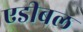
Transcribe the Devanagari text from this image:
एडीबल